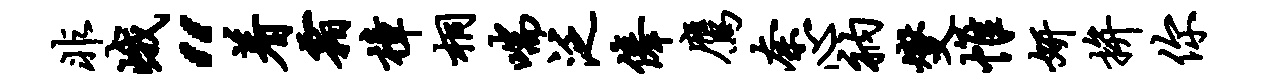
非峨“着霜樟桐喘泛俸鹰奈心衲燮帷妍拚你